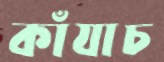
কাঁযাচ